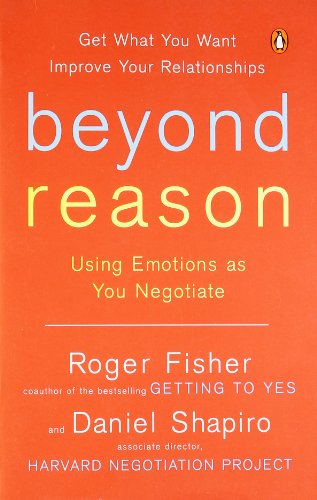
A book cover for Beyond Reason: Using Emotions as You Negotiate; Roger Fisher; Business & Money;